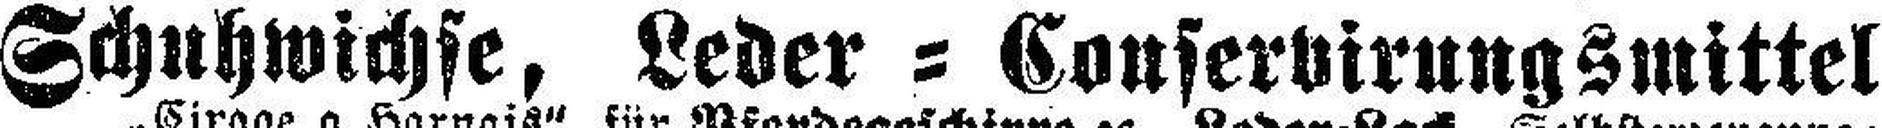
Schuhwichse, Leder = Conservirungsmittel